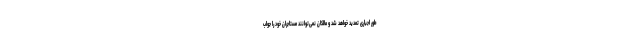
طور اجباری تمدید خواهد شد و مالکان نمی‌توانند مستاجران خود را جواب